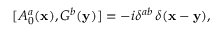
[ A _ { 0 } ^ { a } ( { \bf x } ) , G ^ { b } ( { \bf y } ) ] = - i \delta ^ { a b } \, \delta ( { \bf x } - { \bf y } ) ,